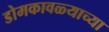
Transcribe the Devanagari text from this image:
डोमकावळ्याच्या